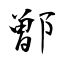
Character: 鄫